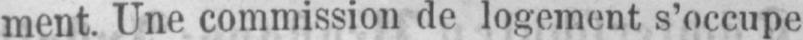
ment. Une commission de logement s’occupe